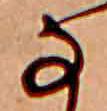
な